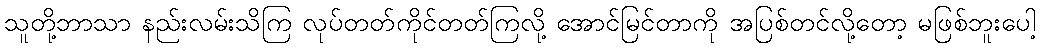
သူတို့ဘာသာ နည်းလမ်းသိကြ လုပ်တတ်ကိုင်တတ်ကြလို့ အောင်မြင်တာကို အပြစ်တင်လို့တော့ မဖြစ်ဘူးပေါ့